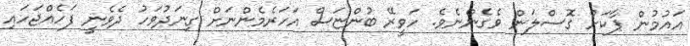
އައުމުން ޕާކަށް ގޮސްލަން ވެގެންނެވެ. ހަވީރޭ ބުންޏަސް އަހަރެމެންނަށް ގިނަދުވަހު ދެވެނީ ފަހެއްޖަހައި